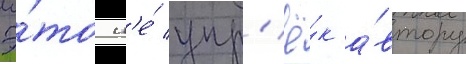
Э́то н'е́ упр'ё́к а́втору